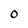
Character: 0